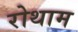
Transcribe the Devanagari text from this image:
रोथाम